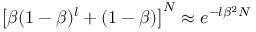
\left[ \beta ( 1 - \beta ) ^ { l } + ( 1 - \beta ) \right] ^ { N } \approx e ^ { - l \beta ^ { 2 } N }